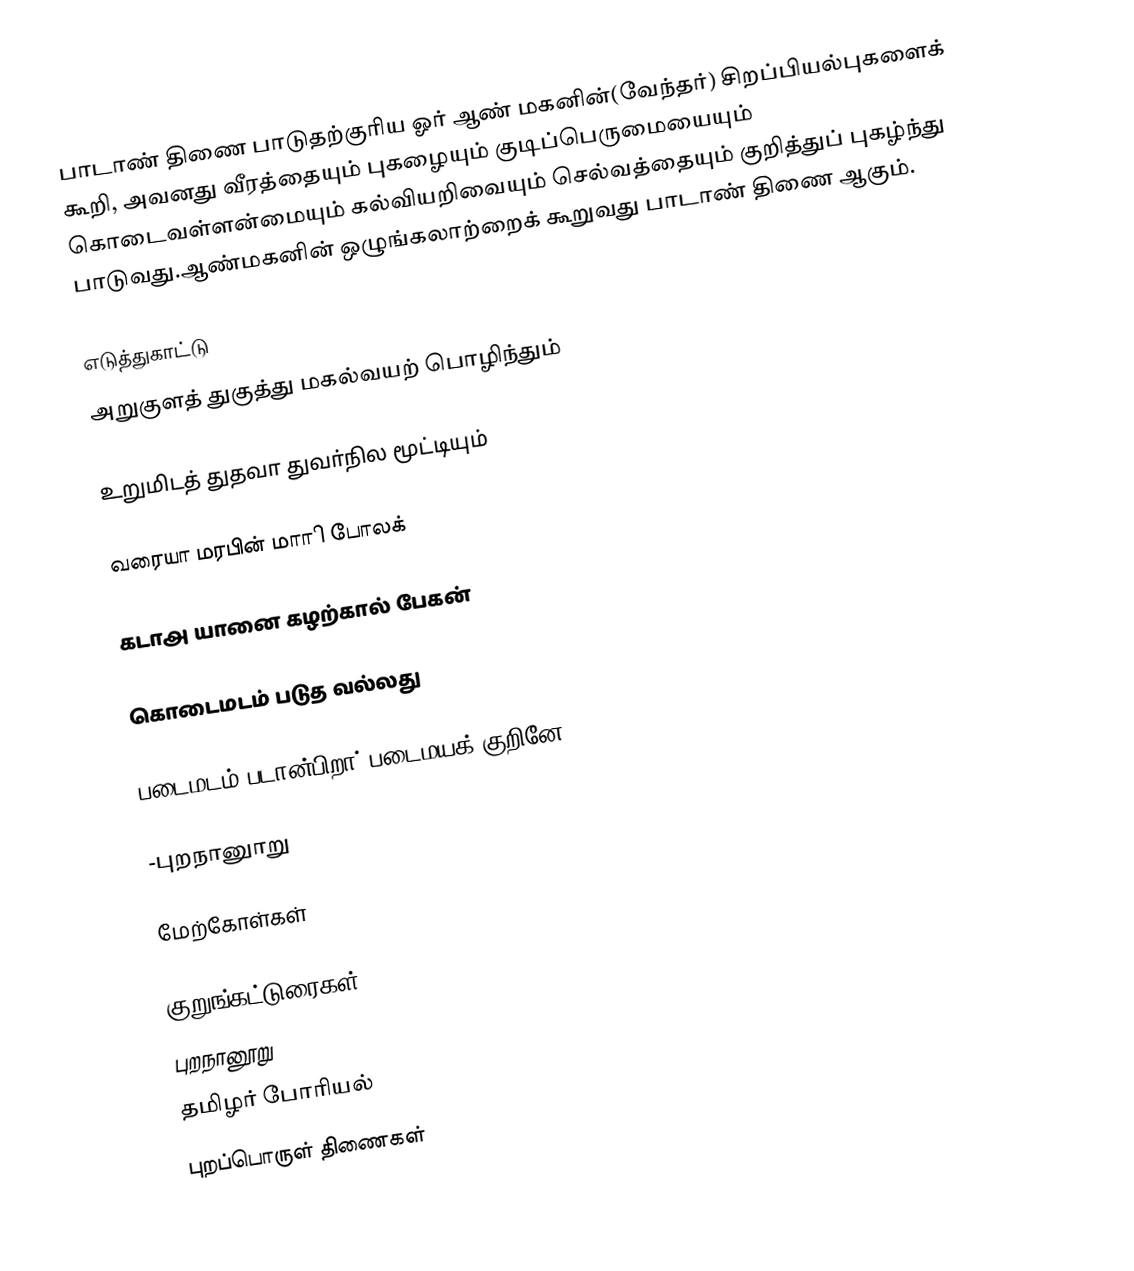
பாடாண் திணை பாடுதற்குரிய ஓர் ஆண் மகனின்(வேந்தா்) சிறப்பியல்புகளைக் கூறி, அவனது வீரத்தையும் புகழையும் குடிப்பெருமையையும் கொடைவள்ளன்மையும் கல்வியறிவையும் செல்வத்தையும் குறித்துப் புகழ்ந்து பாடுவது.ஆண்மகனின் ஒழுங்கலாற்றைக்  கூறுவது பாடாண் திணை ஆகும்.

எடுத்துகாட்டு
அறுகுளத் துகுத்து மகல்வயற் பொழிந்தும்

உறுமிடத் துதவா துவா்நில மூட்டியும்

வரையா மரபின் மாாி போலக்

கடாஅ யானை கழற்கால் பேகன்

கொடைமடம்  படுத வல்லது

படைமடம் படான்பிறா் படைமயக் குறினே.

-புறநானுாறு

மேற்கோள்கள்

குறுங்கட்டுரைகள்
புறநானூறு
தமிழர் போரியல்
புறப்பொருள் திணைகள்